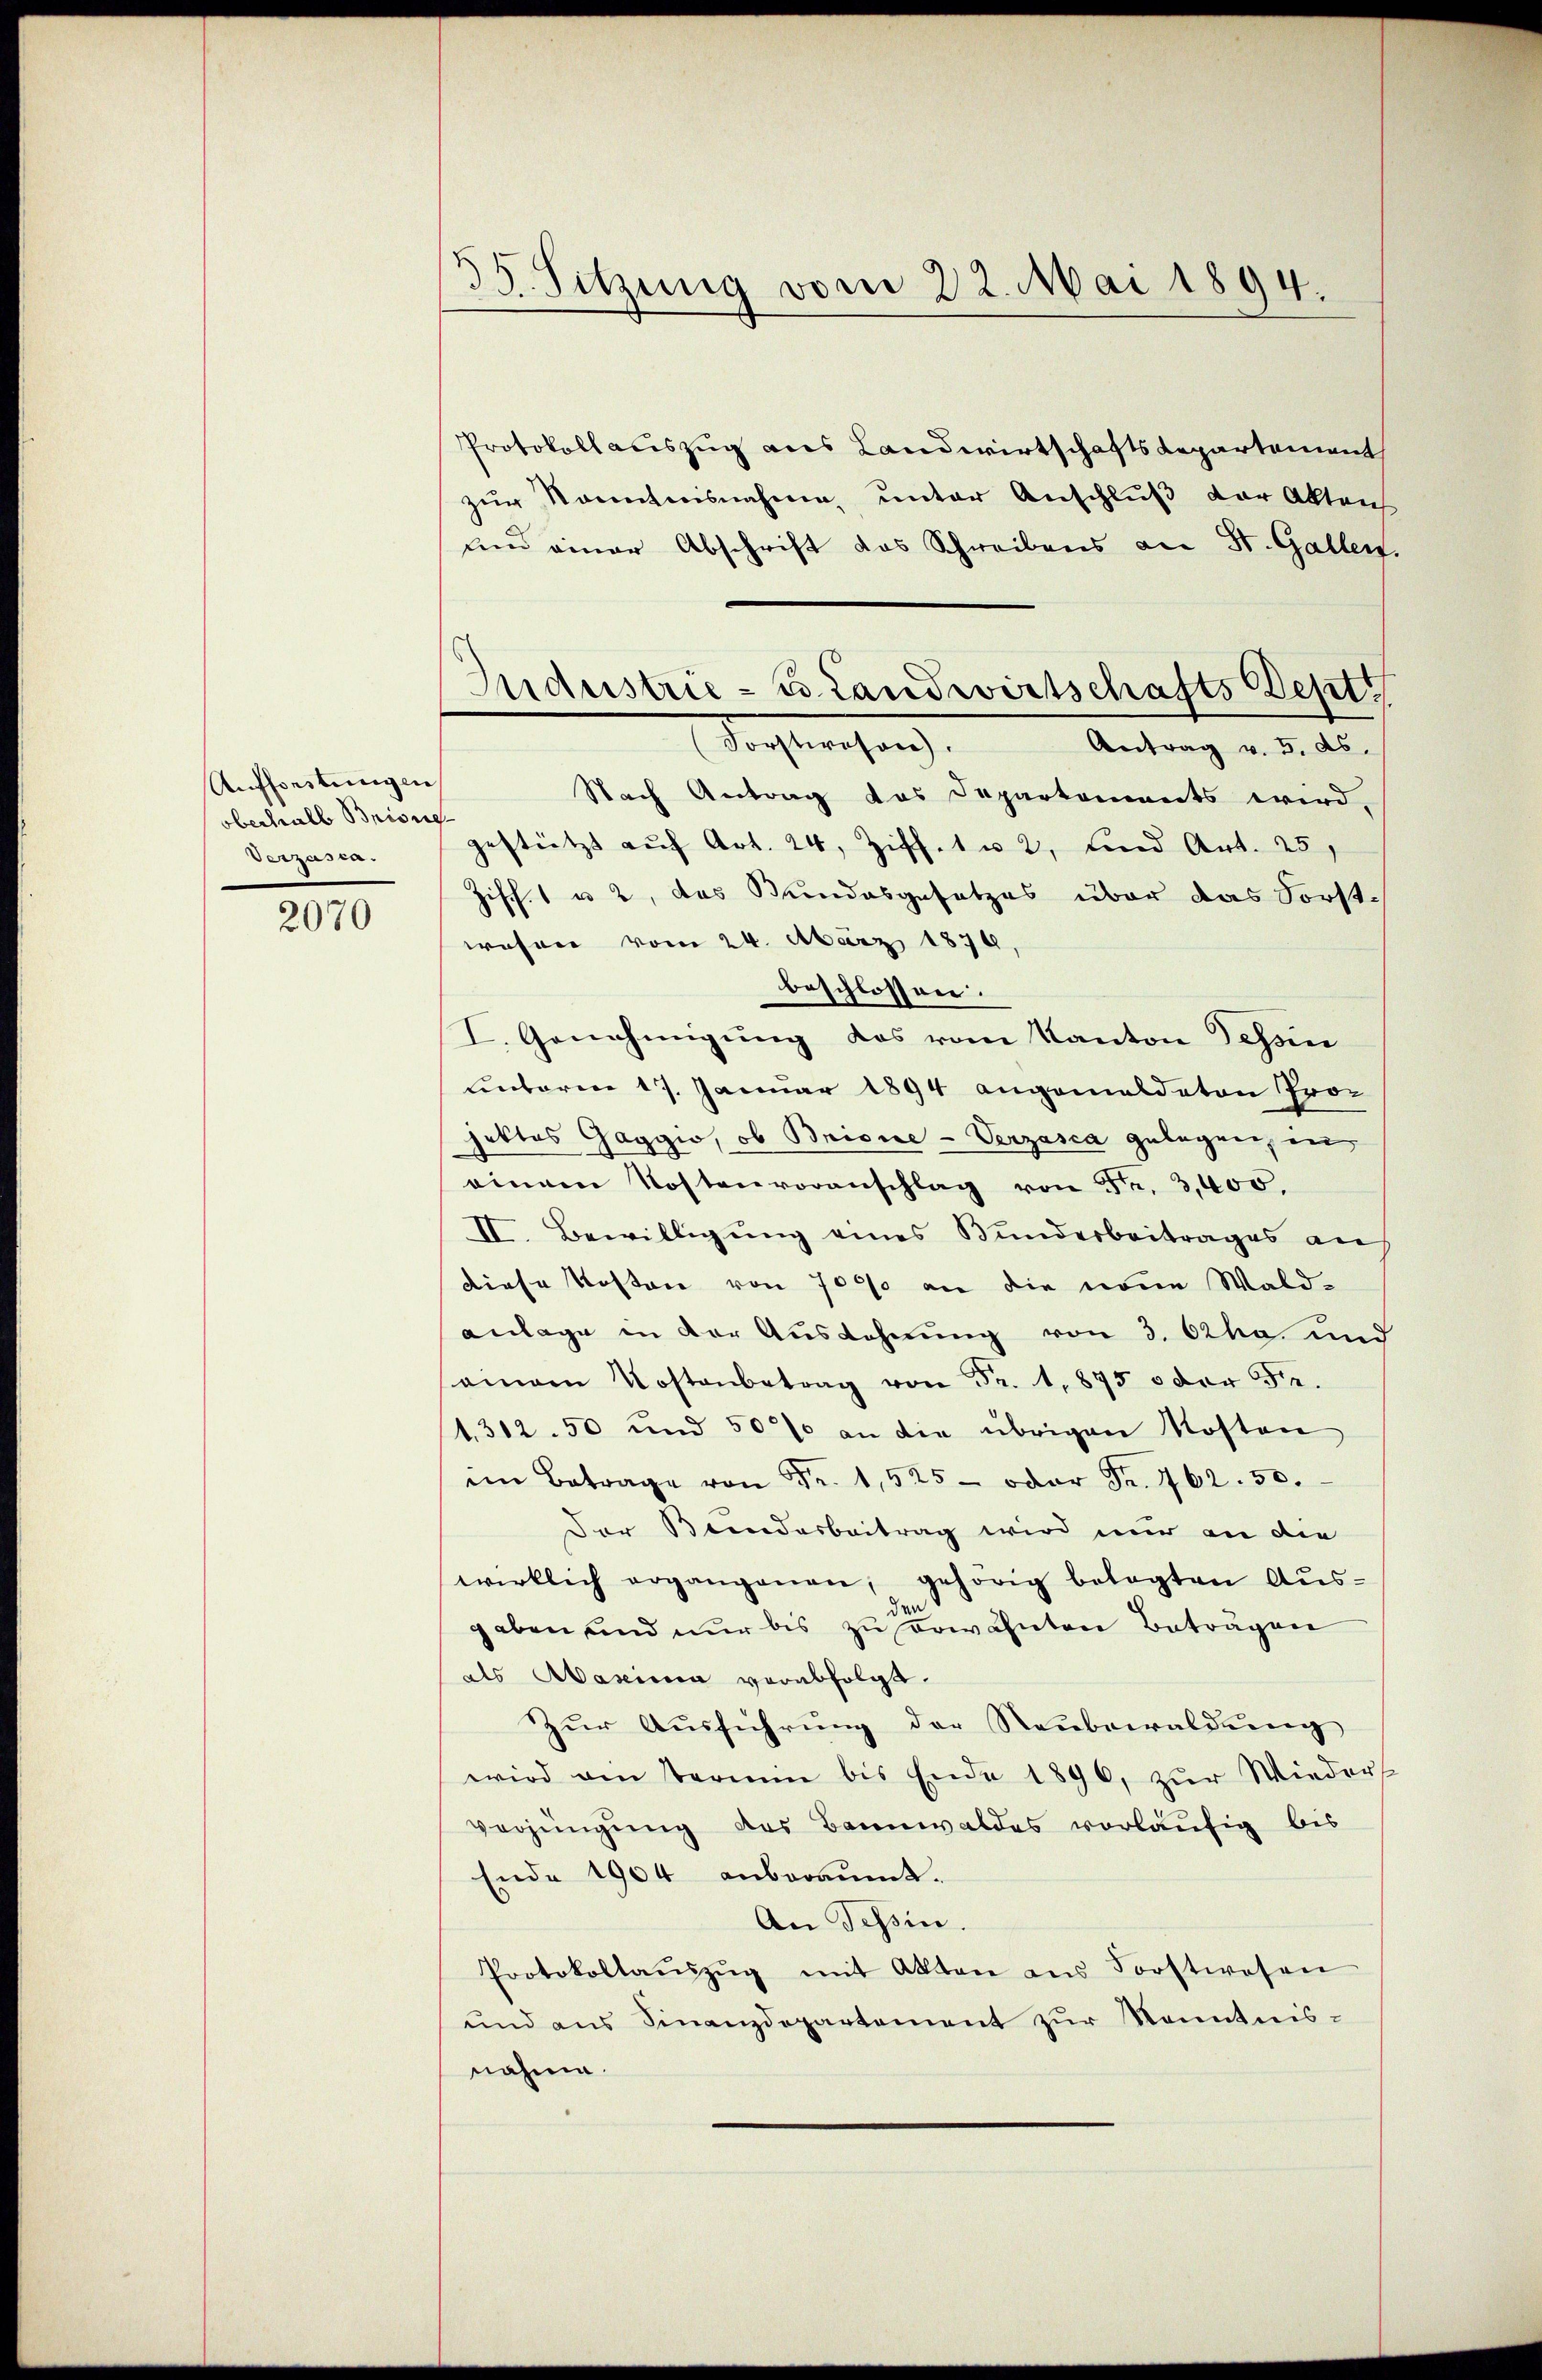
Aufforstungen
oberhalb Brione
Verzasca.

2070

35. Sitzung vom 22. Mai 1894.

Protokollauszug aus Landwirtschaftsdepartement
zur Kenntnisnahme unter Anschluß der Akten
und einer Abschrift das Schreibens an St. Gallen
Nach Antrag das Departements wird,
gestützt aŭf Art. 24, Ziff. 1 u 2, und Art. 25,
Ziff. 1 u 2, das Bundesgesetzes über das Forstwesen vom 24. März 1879,
beschlossen.
I. Genehmigung des vom Kanton Schön
Linbaren 17. Januar 1894 angemeldeten Proc
hattes Gaggio, ob Brisie-Verzasca gelegen, in
einem Kostenvoranschlag von Fr. 3,400.
II. Bewilligŭng eines Bunderbeitrages an
diese Kosten von 7000 an die neue Waldanlage in der Ausdehnung von 3. Cha und
aman Kostenbetrag von Fr. 1875 oder Fe
1,312. 50 und 50% an die übrigen Kosten
im Betrage von Fr. 1525 - oder Fr. 462. 50.
Der Bundesbeitrag wird nur an die
wirklich ergangenen, gehörig belegten Aus-
gaben und nur bis zu erwähnten Betragen
als Maxima verabfolgt.
Zŭr Aŭsführŭng der Neŭbewaldŭng
wird am Termin bis Ende 1896, zŭr Wieder-
verjüngung des Bannwaldes vorläufig bis
Ende 1904 anberaumt.
An Tessin.
Protokollaŭszŭg mit Akten ans Forstwesen
und aus Finanzdepartement zur Kenntnisnahme.

Industrie- u Landwirtschafts Dept
(Forstwesen.
Antrag v. 5. ds.